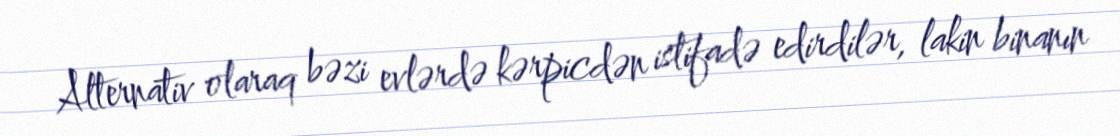
Alternativ olaraq bəzi evlərdə kərpicdən istifadə edirdilər, lakin binanın